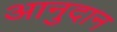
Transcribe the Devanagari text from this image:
आनुदान